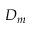
D _ { m }